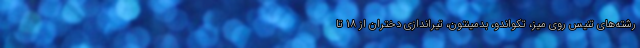
رشته‌های تنیس روی میز، تکواندو، بدمینتون، تیراندازی دختران از ۱۸ تا